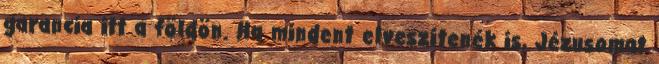
garancia itt a földön. Ha mindent elveszítenék is, Jézusomat